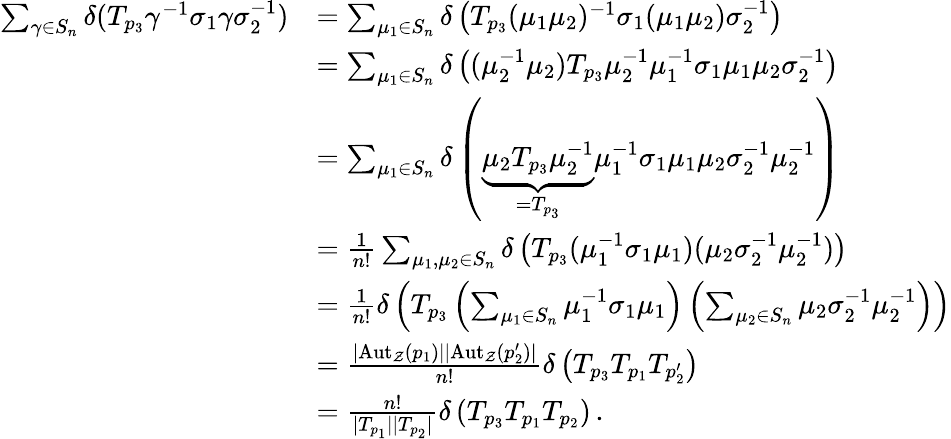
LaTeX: \begin{array}{rl}{\sum_{\gamma\in S_{n}}\delta(T_{p_{3}}\gamma^{-1}\sigma_{1}\gamma\sigma_{2}^{-1})}&{=\sum_{\mu_{1}\in S_{n}}\delta\left(T_{p_{3}}(\mu_{1}\mu_{2})^{-1}\sigma_{1}(\mu_{1}\mu_{2})\sigma_{2}^{-1}\right)}\\ &{=\sum_{\mu_{1}\in S_{n}}\delta\left((\mu_{2}^{-1}\mu_{2})T_{p_{3}}\mu_{2}^{-1}\mu_{1}^{-1}\sigma_{1}\mu_{1}\mu_{2}\sigma_{2}^{-1}\right)}\\ &{=\sum_{\mu_{1}\in S_{n}}\delta\left(\underbrace{\mu_{2}T_{p_{3}}\mu_{2}^{-1}}_{=T_{p_{3}}}\mu_{1}^{-1}\sigma_{1}\mu_{1}\mu_{2}\sigma_{2}^{-1}\mu_{2}^{-1}\right)}\\ &{=\frac{1}{n!}\sum_{\mu_{1},\mu_{2}\in S_{n}}\delta\left(T_{p_{3}}(\mu_{1}^{-1}\sigma_{1}\mu_{1})(\mu_{2}\sigma_{2}^{-1}\mu_{2}^{-1})\right)}\\ &{=\frac{1}{n!}\delta\left(T_{p_{3}}\left(\sum_{\mu_{1}\in S_{n}}\mu_{1}^{-1}\sigma_{1}\mu_{1}\right)\left(\sum_{\mu_{2}\in S_{n}}\mu_{2}\sigma_{2}^{-1}\mu_{2}^{-1}\right)\right)}\\ &{=\frac{|\mathrm{Aut}_{\mathcal{Z}}\left(p_{1}\right)||\mathrm{Aut}_{\mathcal{Z}}\left(p_{2}^{\prime}\right)|}{n!}\delta\left(T_{p_{3}}T_{p_{1}}T_{p_{2}^{\prime}}\right)}\\ &{=\frac{n!}{|T_{p_{1}}||T_{p_{2}}|}\delta\left(T_{p_{3}}T_{p_{1}}T_{p_{2}}\right)\, .}\end{array}